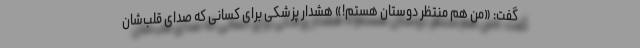
گفت: «من هم منتظر دوستان هستم!» هشدار پزشکی برای کسانی که صدای قلب‌شان